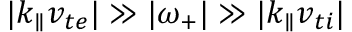
\lvert k _ { \parallel } v _ { t e } \rvert \gg \lvert \omega _ { + } \rvert \gg \lvert k _ { \parallel } v _ { t i } \rvert